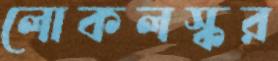
লোকলস্কর